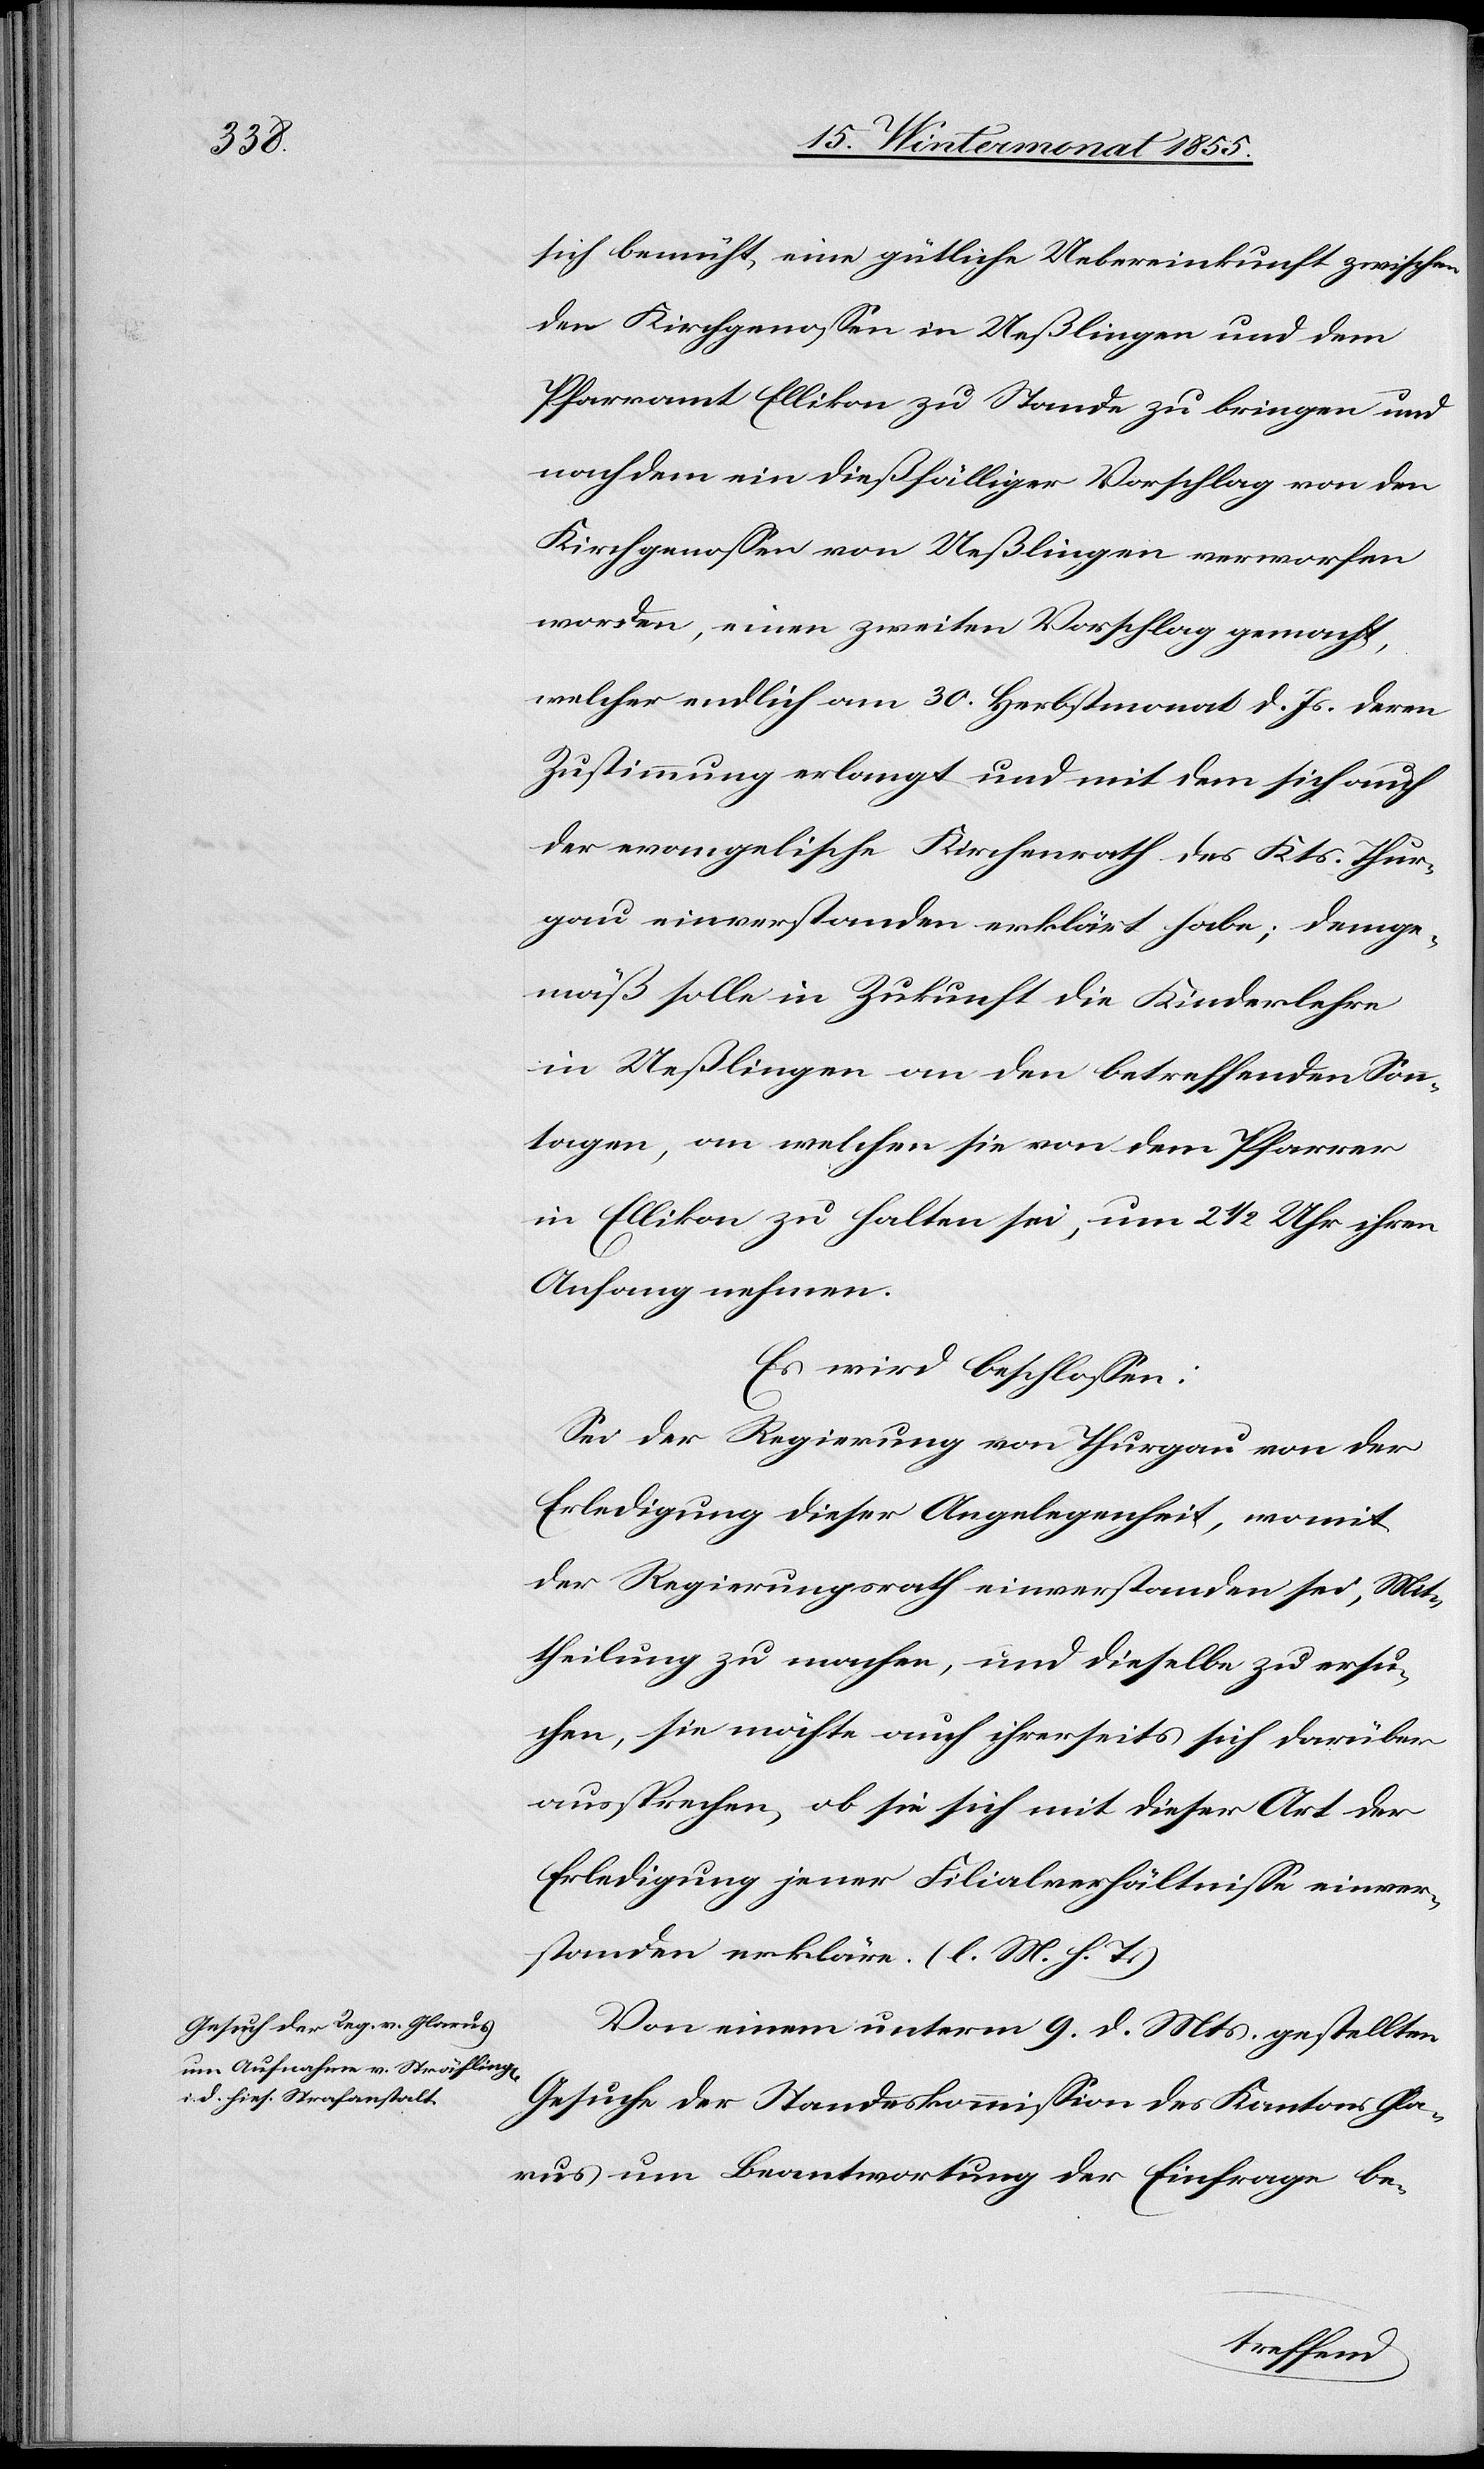
sich bemüht, eine gütliche Uebereinkunft zwischen
den Kirchgenossen in Ueßlingen und dem
Pfarramt Ellikon zu Stande zu bringen und
nachdem ein dießfälliger Vorschlag von den
Kirchgenossen von Ueßlingen verworfen
worden, einen zweiten Vorschlag gemacht,
welcher endlich am 30. Herbstmonat d. Js. deren
Zustimmung erlangt und mit dem sich auch
der evangelische Kirchenrath des Kts. Thur¬
gau einverstanden erklärt habe; demge¬
mäß solle in Zukunft die Kinderlehre
in Ueßlingen an den betreffenden Son¬
ntagen, an welchen sie von dem Pfarrer
in Ellikon zu halten sei, um 2 1/2 Uhr ihren
Anfang nehmen.
Es wird beschlossen:
Sei der Regierung von Thurgau von der
Erledigung dieser Angelegenheit, womit
der Regierungsrath einverstanden sei, Mit¬
theilung zu machen, und dieselbe zu ersu¬
chen, sie möchte auch ihrerseits sich darüber
aussprechen, ob sie sich mit dieser Art der
Erledigung jener Filialverhältnisse einver¬
standen erkläre. (l. M. h. T.)
Von einem unterm 9. d. Mts. gestellten
Gesuche der Standeskommission des Kantons Gla¬
rus um Beantwortung der Einfrage be-